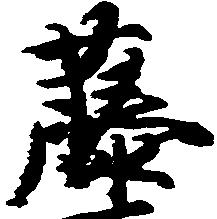
藤